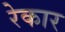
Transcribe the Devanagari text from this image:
रेकार